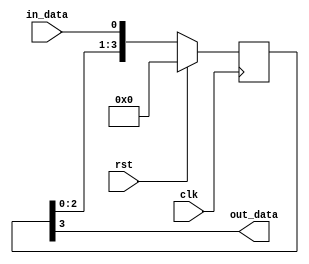
module synchronizer (
    input wire clk,
    input wire rst,
    input wire in_data,
    output reg out_data
);

reg [3:0] sync_reg;

always @(posedge clk) begin
    if (rst) begin
        sync_reg <= 4'b0000;
    end else begin
        sync_reg <= {sync_reg[2:0], in_data};
    end
end

assign out_data = sync_reg[3];

endmodule